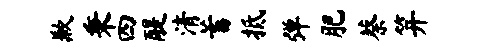
歉秉四醍清蓄抵弹肥蔡笄